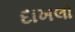
દાખલો